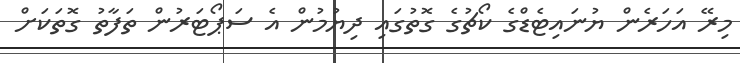
މިރޭ އަހަރެން ޔުނައިޓެޑްގެ ކޯޗުގެ ގޮތުގައި ދިޔުމުން އެ ސަޕޯޓަރުން ތަފާތު ގޮތަކަށް